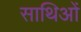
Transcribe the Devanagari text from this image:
साथिओं